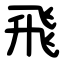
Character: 飛